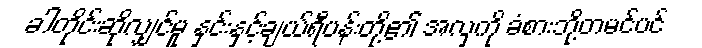
ခါတိုင်းဆိုလျှင်မူ နှင်းနှင့်ချယ်ရီပန်းတို့၏ အလှကို ခံစားဘို့တမင်ပင်